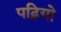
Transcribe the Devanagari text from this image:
पढ़ियो